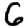
Digit: 6